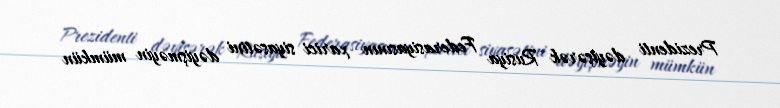
Prezidenti dəyişərək Rusiya Federasiyasının xarici siyasətini dəyişməyin mümkün